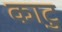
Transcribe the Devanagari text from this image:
काटु